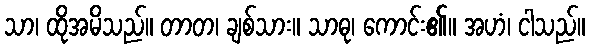
သာ၊ ထိုအမိသည်။ တာတ၊ ချစ်သား။ သာဓု၊ ကောင်း၏။ အဟံ၊ ငါသည်။